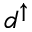
d ^ { \uparrow }